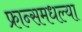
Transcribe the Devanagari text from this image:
फ्रान्समधल्या